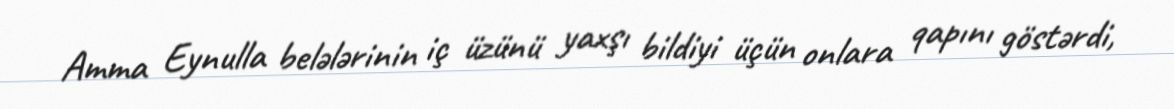
Amma Eynulla belələrinin iç üzünü yaxşı bildiyi üçün onlara qapını göstərdi,